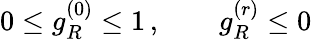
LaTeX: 0\leq g_{R}^{(0)}\leq 1\, ,\qquad g_{R}^{(r)}\leq 0